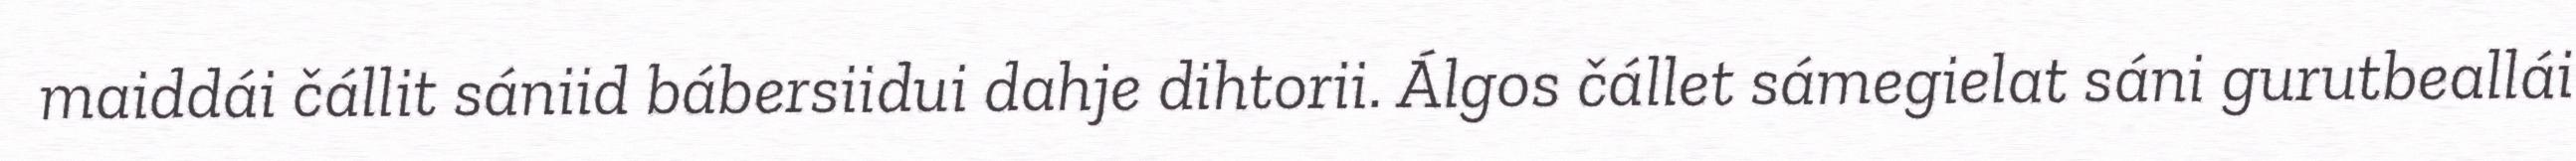
maiddái čállit sániid bábersiidui dahje dihtorii. Álgos čállet sámegielat sáni gurutbeallái